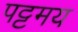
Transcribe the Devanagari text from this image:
पट्टमय